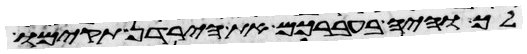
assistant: לך והיה בעברכם את הירדן תקימו